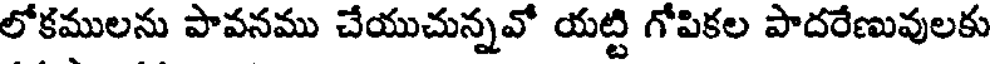
లోకములను పావనము చేయుచున్నవో యట్టి గోపికల పాదరేణువులకు